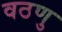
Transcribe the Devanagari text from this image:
वठणु